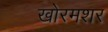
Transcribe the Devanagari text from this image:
खोरमशर